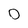
Character: O